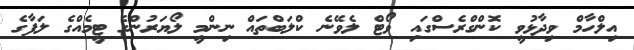
އިލްހާމް ވިދާޅުވީ ކޮންގްރެސްގައި ވޯޓް ލެވޭނެ ކްލަބްތައް ނިންމީ ލޯޔަރުންގެ ޓީމެއްގެ ލަފާގެ